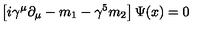
\left[ i \gamma ^ { \mu } \partial _ { \mu } - m _ { 1 } - \gamma ^ { 5 } m _ { 2 } \right] \Psi ( x ) = 0 \,